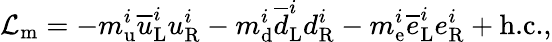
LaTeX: {\mathcal{L}}_{\mathrm{m}}=-m_{\mathrm{u}}^{i}{\overline{{u}}}_{\mathrm{L}}^{i}u_{\mathrm{R}}^{i}-m_{\mathrm{d}}^{i}{\overline{{d}}}_{\mathrm{L}}^{i}d_{\mathrm{R}}^{i}-m_{\mathrm{e}}^{i}{\overline{{e}}}_{\mathrm{L}}^{i}e_{\mathrm{R}}^{i}+{\textrm{h.c.}},